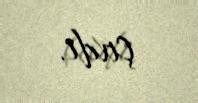
çıxdı.